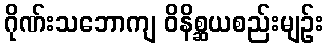
ဂိုဏ်းသဘောကျ ဝိနိစ္ဆယစည်းမျဉ်း